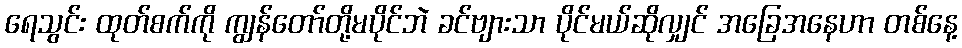
ရေသွင်း ထုတ်စက်ကို ကျွန်တော်တို့မပိုင်ဘဲ ခင်ဗျားသာ ပိုင်မယ်ဆိုလျှင် အခြေအနေဟာ တစ်နေ့